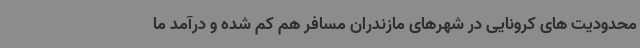
محدودیت های کرونایی در شهرهای مازندران مسافر هم کم شده و درآمد ما